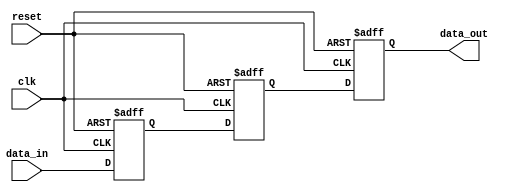
module three_flop_synchronizer (
    input wire clk,
    input wire reset,
    input wire data_in,
    output reg data_out
);

reg d1, d2, d3;

always @(posedge clk or posedge reset) begin
    if (reset) begin
        d1 <= 1'b0;
        d2 <= 1'b0;
        d3 <= 1'b0;
    end else begin
        d1 <= data_in;
        d2 <= d1;
        d3 <= d2;
    end
end

assign data_out = d3;

endmodule